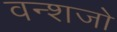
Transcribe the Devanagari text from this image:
वन्शजो